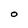
Character: O